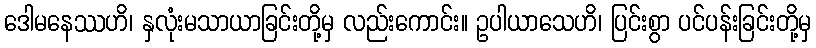
ဒေါမနေဿဟိ၊ နှလုံးမသာယာခြင်းတို့မှ လည်းကောင်း။ ဥပါယာသေဟိ၊ ပြင်းစွာ ပင်ပန်းခြင်းတို့မှ